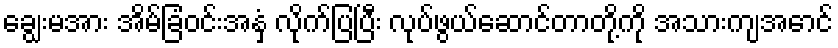
ချွေးမအား အိမ်ခြံဝင်းအနှံ့ လိုက်ပြပြီး လုပ်ဖွယ်ဆောင်တာတို့ကို အသားကျအောင်